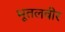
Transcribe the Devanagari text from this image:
भूतलवीर